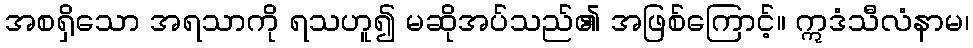
အစရှိသော အရသာကို ရသဟူ၍ မဆိုအပ်သည်၏ အဖြစ်ကြောင့်။ ဣဒံသီလံနာမ၊